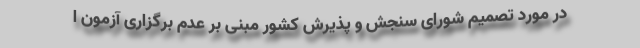
در مورد تصمیم شورای سنجش و پذیرش کشور مبنی بر عدم برگزاری آزمون ا